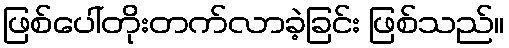
ဖြစ်ပေါ်တိုးတက်လာခဲ့ခြင်း ဖြစ်သည်။